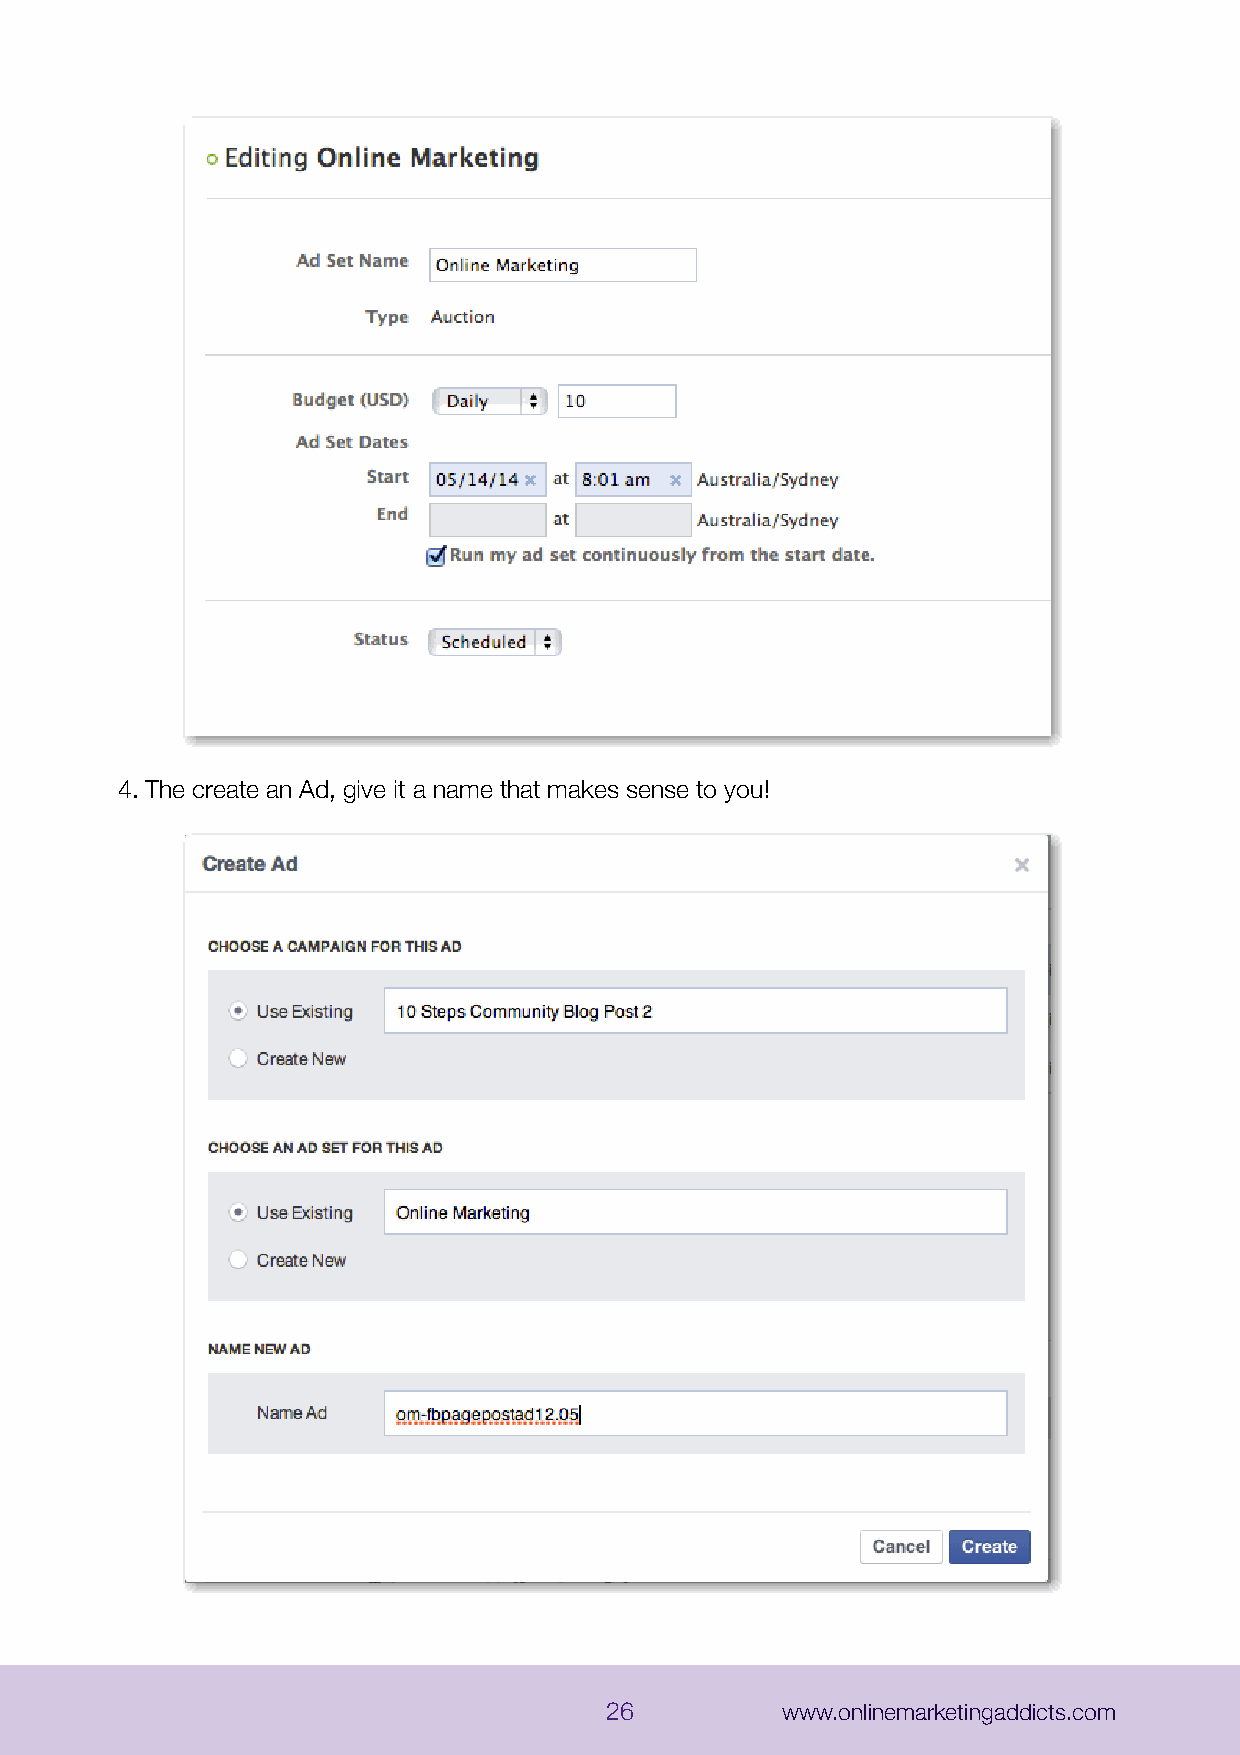
4.The create an Ad, give it a name that makes sense to you!
 26          www.onlinemarketingaddicts.com